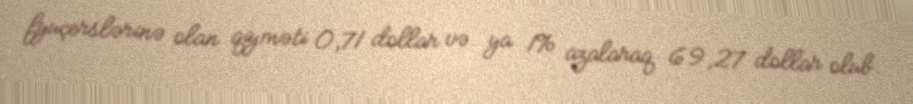
fyuçerslərinə olan qiyməti 0,71 dollar və ya 1% azalaraq 69,27 dollar olub.